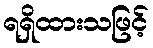
ရရှိထားသဖြင့်